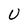
Character: U